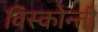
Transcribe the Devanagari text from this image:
विस्कोन्ती